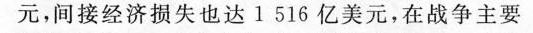
元，间接经济损失也达1 516亿美元，在战争主要